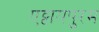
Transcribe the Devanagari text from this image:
एट्टायपुरम